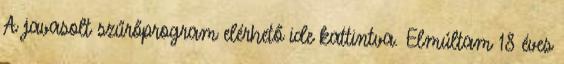
A javasolt szűrőprogram elérhető ide kattintva. Elmúltam 18 éves